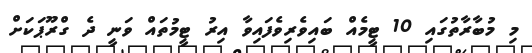
މި މުބާރާތުގައި 10 ޓީމެއް ބައިވެރިވެފައިވާ އިރު ޓީމުތައް ވަނީ ދެ ގްރޫޕަކަށް